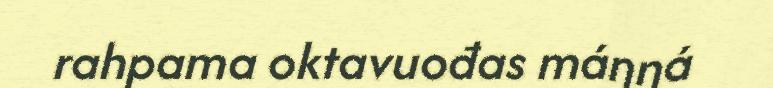
rahpama oktavuođas máŋŋá